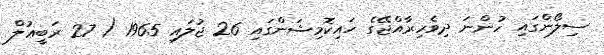
ސިލޯންގައި ހުންނަ ދިވެހިރާއްޖޭގެ ހައިކޮމިޝަންގައި 26 ޖުލައި 1965 ( 27 ރަބީޢުލް